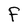
Character: F